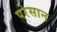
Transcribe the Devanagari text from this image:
परेसान